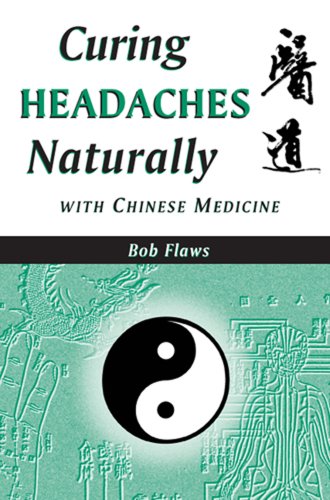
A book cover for Curing Headaches Naturally with Chinese Medicine; Honora Lee Wolfe; Health, Fitness & Dieting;